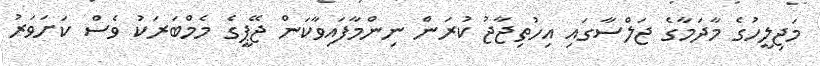
މަޖިލީހުގެ މާދަމާގެ ޖަލްސާގައި އިހުތިޖާޖު ކުރަން ނިންމާފައިވާކަން ޖޭޕީގެ މެމްބަރަކު ވެސް ކަށަވަރު